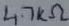
Text: 4.7KΩ